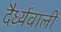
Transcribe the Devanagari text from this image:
दैर्ध्यवाली